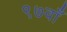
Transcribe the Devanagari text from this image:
९७वाँ